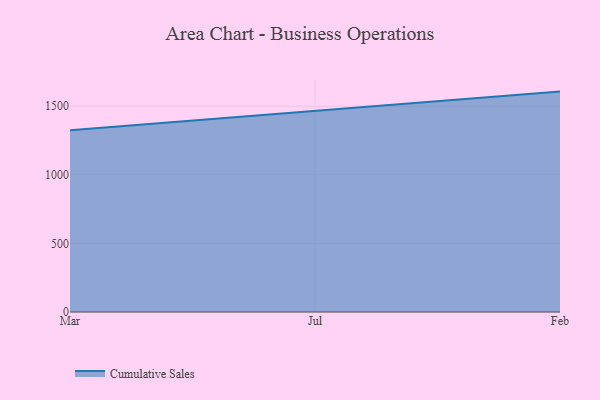
{"axis": {"x": "Month", "y": "Headcount"}, "legend": ["Cumulative Sales"], "data": [{"x": "Mar", "y": 1324.9, "type": "Cumulative Sales"}, {"x": "Jul", "y": 1468.0, "type": "Cumulative Sales"}, {"x": "Feb", "y": 1606.4, "type": "Cumulative Sales"}]}